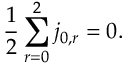
{ \frac { 1 } { 2 } } \sum _ { r = 0 } ^ { 2 } j _ { 0 , r } = 0 .